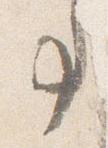
事